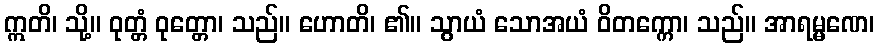
ဣတိ၊ သို့။ ဝုတ္တံ ဝုတ္တော၊ သည်။ ဟောတိ၊ ၏။ သွာယံ သောအယံ ဝိတက္ကော၊ သည်။ အာရမ္မဏေ၊